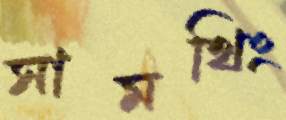
সামথিং